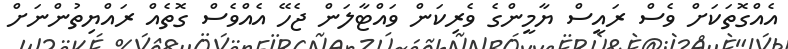
އެއްގޮތަކަށް ވެސް ރައީސް ޔާމީންގެ ވެރިކަން ވައްޓާލަން ޖެހޭ އެއްވެސް ގޮތެއް ރައްޔިތުންނަށް